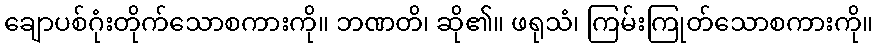
ချောပစ်ဂုံးတိုက်သောစကားကို။ ဘဏတိ၊ ဆို၏။ ဖရုသံ၊ ကြမ်းကြုတ်သောစကားကို။